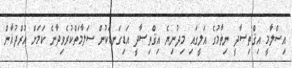
އިސްލާމީ އިޤްތިޞާދީ ނިޡާމުގެ އަލީގައި މިދުނިޔެ އިޤްތިޞާދީ އަޑިގަނޑަކުން ސަލާމަތްކުރެވިދާނެ ކަމަށް އުރްދުޣާން